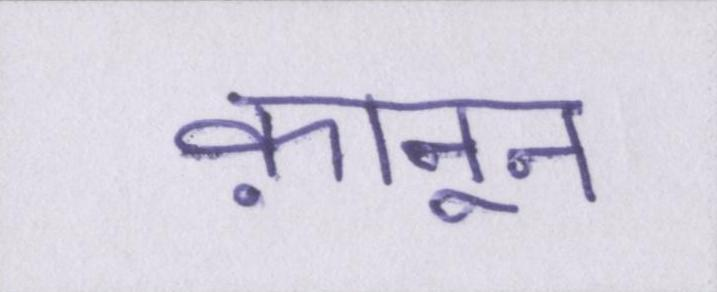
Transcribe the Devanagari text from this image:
क़ानून